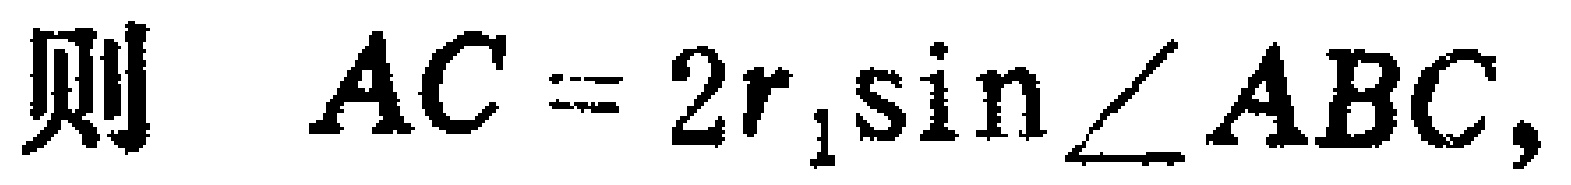
则 \(AC = 2r_{1}\sin\angle ABC,\)